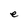
Character: e